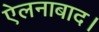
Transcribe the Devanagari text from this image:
ऐलनाबाद।